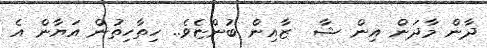
ދާން މާދަން އިން ޝާ  ޒާއިން ބުންޏެވެ.. ހިތާހިތުން އަޔާން އެ